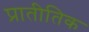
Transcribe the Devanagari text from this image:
प्रातीतिक